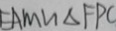
E A M \sim \Delta F P C